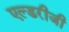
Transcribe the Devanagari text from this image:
एल्डरीजी